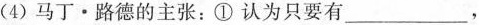
(4) 马丁·路德的主张：①认为只要有 ___ ，